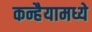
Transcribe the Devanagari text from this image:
कन्हैयामध्ये